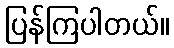
ပြန်ကြပါတယ်။